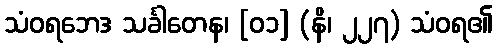
သံဝရဘေဒ သင်္ခါတေန၊ [၀၁] (နိ၊ ၂၂၇) သံဝရ၏